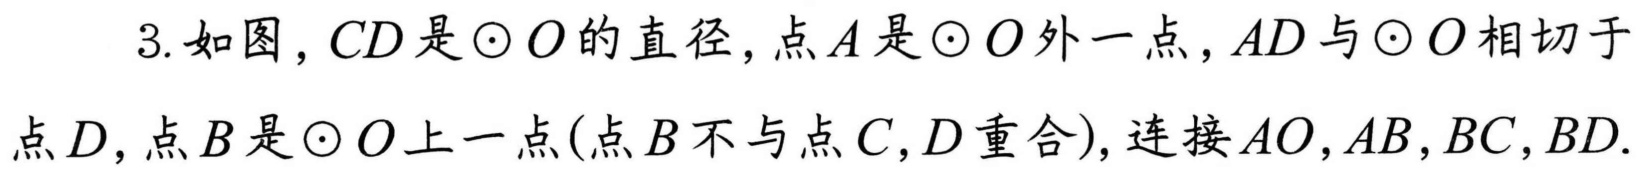
3. 如图，\(CD\)是\(\odot O\)的直径，点\(A\)是\(\odot O\)外一点，\(AD\)与\(\odot O\)相切于点\(D\)，点\(B\)是\(\odot O\)上一点(点\(B\)不与点\(C,D\)重合)，连接\(AO,AB,BC,BD\)．